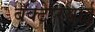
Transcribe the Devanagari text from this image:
बॅक्टेरियाई